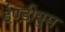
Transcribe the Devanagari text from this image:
ईण्डीयुम